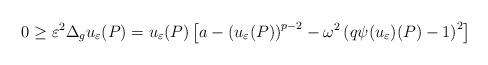
LaTeX: \begin{align*}0\ge\varepsilon^{2}\Delta_{g}u_{\varepsilon}(P)=u_{\varepsilon}(P)\left[a-\left(u_{\varepsilon}(P)\right)^{p-2}-\omega^{2}\left(q\psi(u_{\varepsilon})(P)-1\right)^{2}\right]\end{align*}